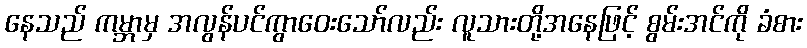
နေသည် ကမ္ဘာမှ အလွန်ပင်ကွာဝေးသော်လည်း လူသားတို့အနေဖြင့် စွမ်းအင်ကို ခံစား